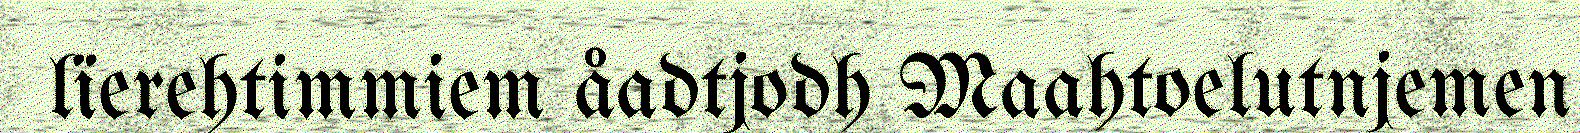
lïerehtimmiem åadtjodh Maahtoelutnjemen